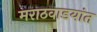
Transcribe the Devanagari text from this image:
मराठवाडयांत